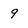
Character: 9